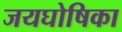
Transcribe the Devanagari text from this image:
जयघोषिका